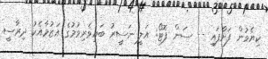
ކިޔެވުން ފަށާފައި -- ސަން ފޮޓޯ: އަލީ ނަސީރު ބައިވެރިވުމުގެ އަޒުމާއެކު ދިރާސީ